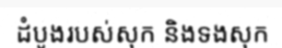
ដំបូងរបស់សុក និងទងសុក